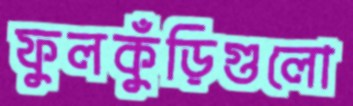
ফুলকুঁড়িগুলো